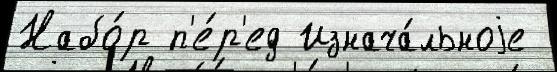
Набо́р п'е́р'ед Изнача́льноjе